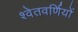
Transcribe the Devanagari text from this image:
श्वेतवर्णियों